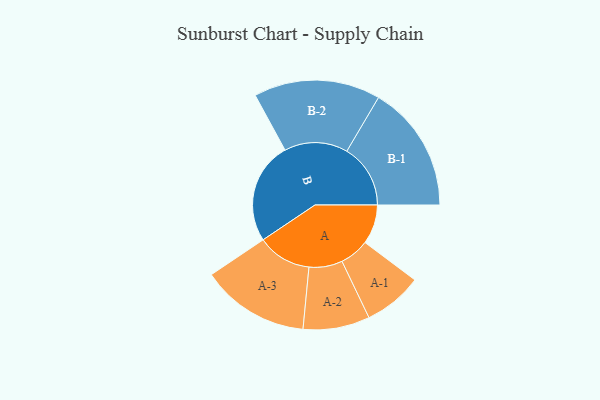
{"axis": {"x": "Segment", "y": "Value"}, "legend": ["", "A", "B"], "data": [{"x": "A", "y": 142, "type": ""}, {"x": "B", "y": 367, "type": ""}, {"x": "A-1", "y": 106, "type": "A"}, {"x": "A-2", "y": 120, "type": "A"}, {"x": "A-3", "y": 195, "type": "A"}, {"x": "B-1", "y": 229, "type": "B"}, {"x": "B-2", "y": 228, "type": "B"}]}